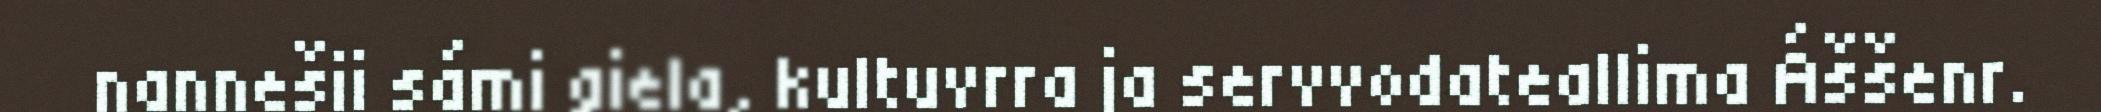
nannešii sámi giela, kultuvrra ja servvodateallima Áššenr.